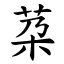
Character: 䒳